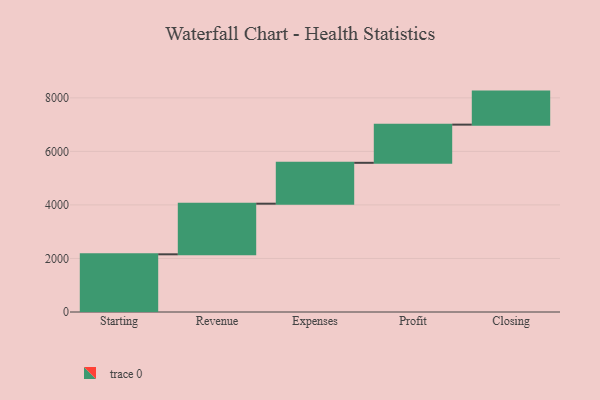
{"axis": {"x": "Step", "y": "Value"}, "legend": [""], "data": [{"x": "Starting", "y": 2155.0, "type": ""}, {"x": "Revenue", "y": 1891.0, "type": ""}, {"x": "Expenses", "y": 1527.0, "type": ""}, {"x": "Profit", "y": 1426.0, "type": ""}, {"x": "Closing", "y": 1234.0, "type": ""}]}